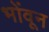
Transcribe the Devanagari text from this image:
भोंवून